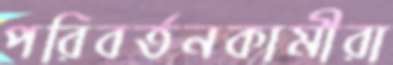
পরিবর্তনকামীরা